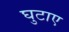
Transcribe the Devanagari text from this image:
घुटाए